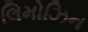
લિમોઝિન